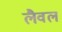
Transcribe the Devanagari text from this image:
लैवल